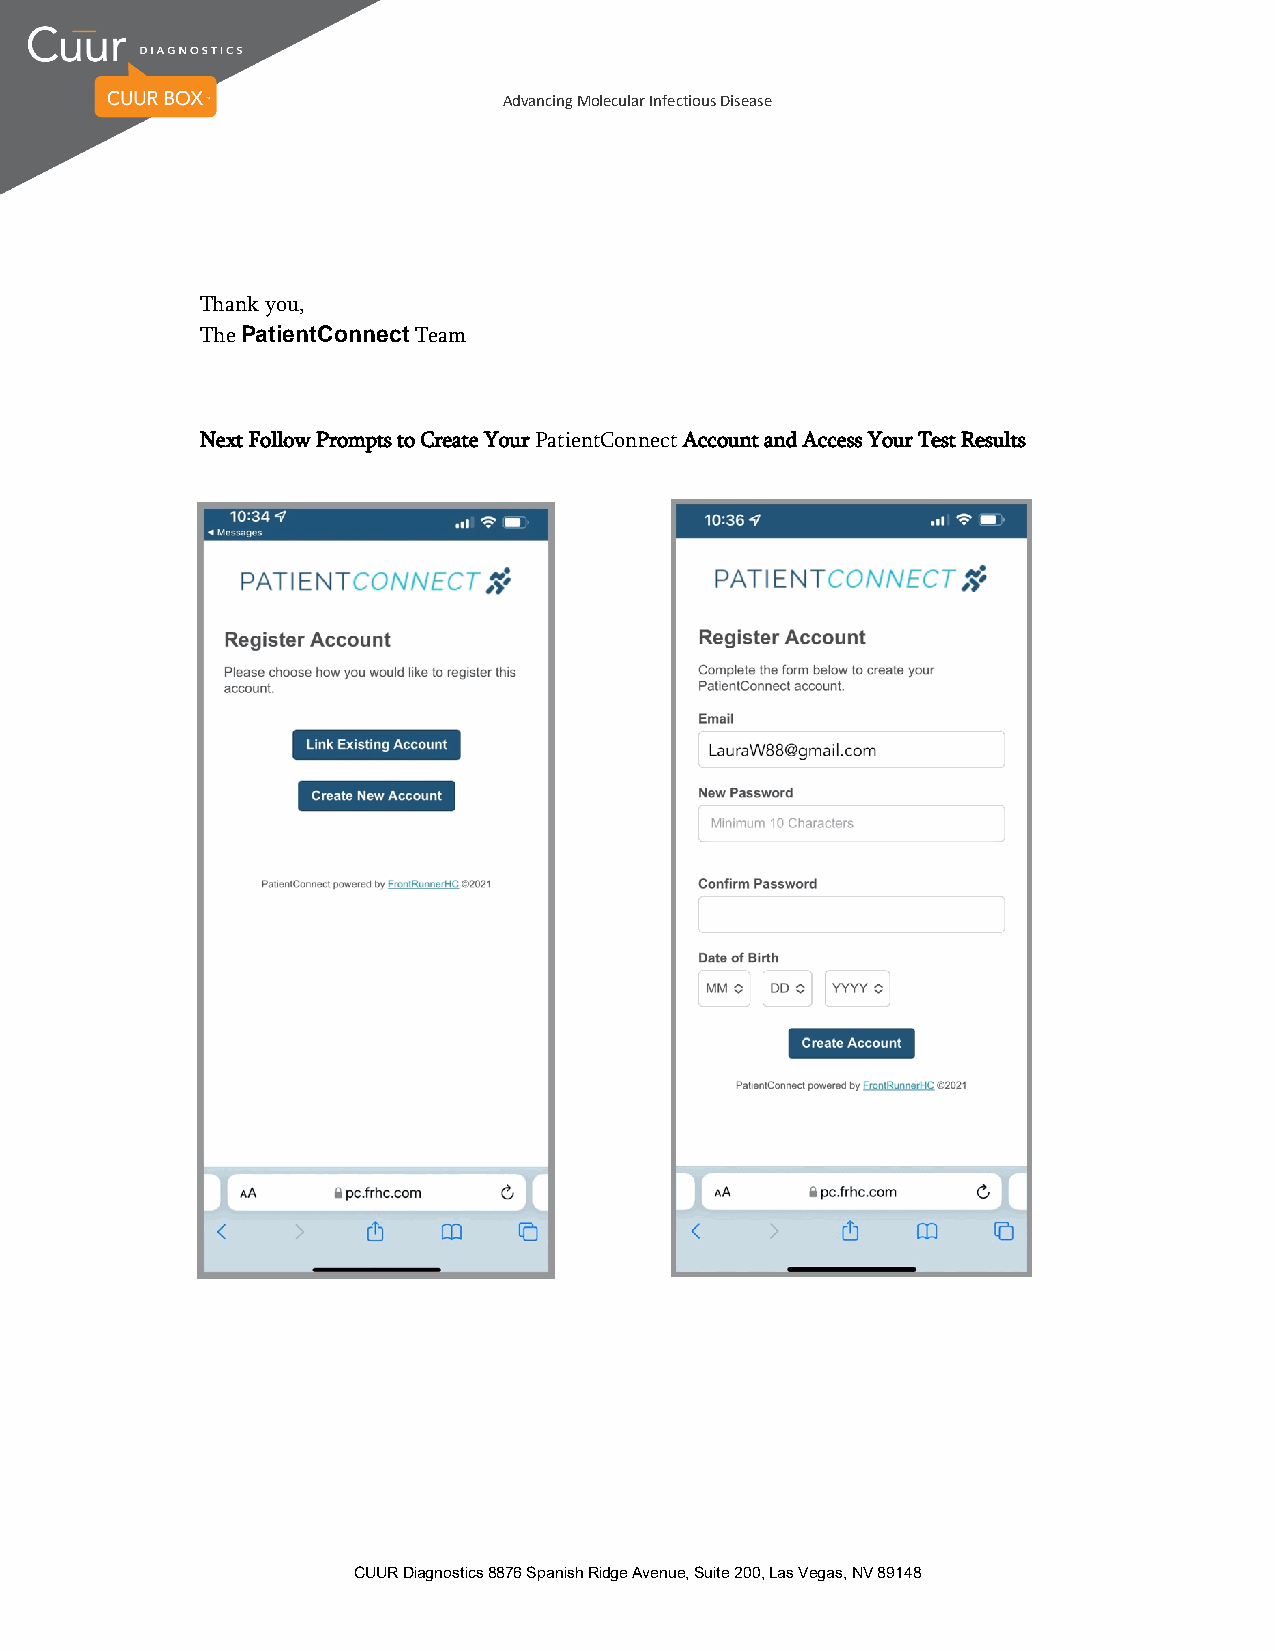
Advancing Molecular Infectious Disease
 Thank you,
 The PatientConnect Team
 Next Follow Prompts to Create Your PatientConnect Account and Access Your Test Results
 CUUR Diagnostics 8876 Spanish Ridge Avenue, Suite 200, Las Vegas, NV 89148